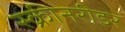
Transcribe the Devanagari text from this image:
स्क्रीनरीडर